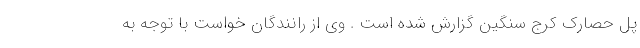
پل حصارک کرج سنگین گزارش شده است . وی از رانندگان خواست با توجه به